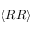
\langle R R \rangle